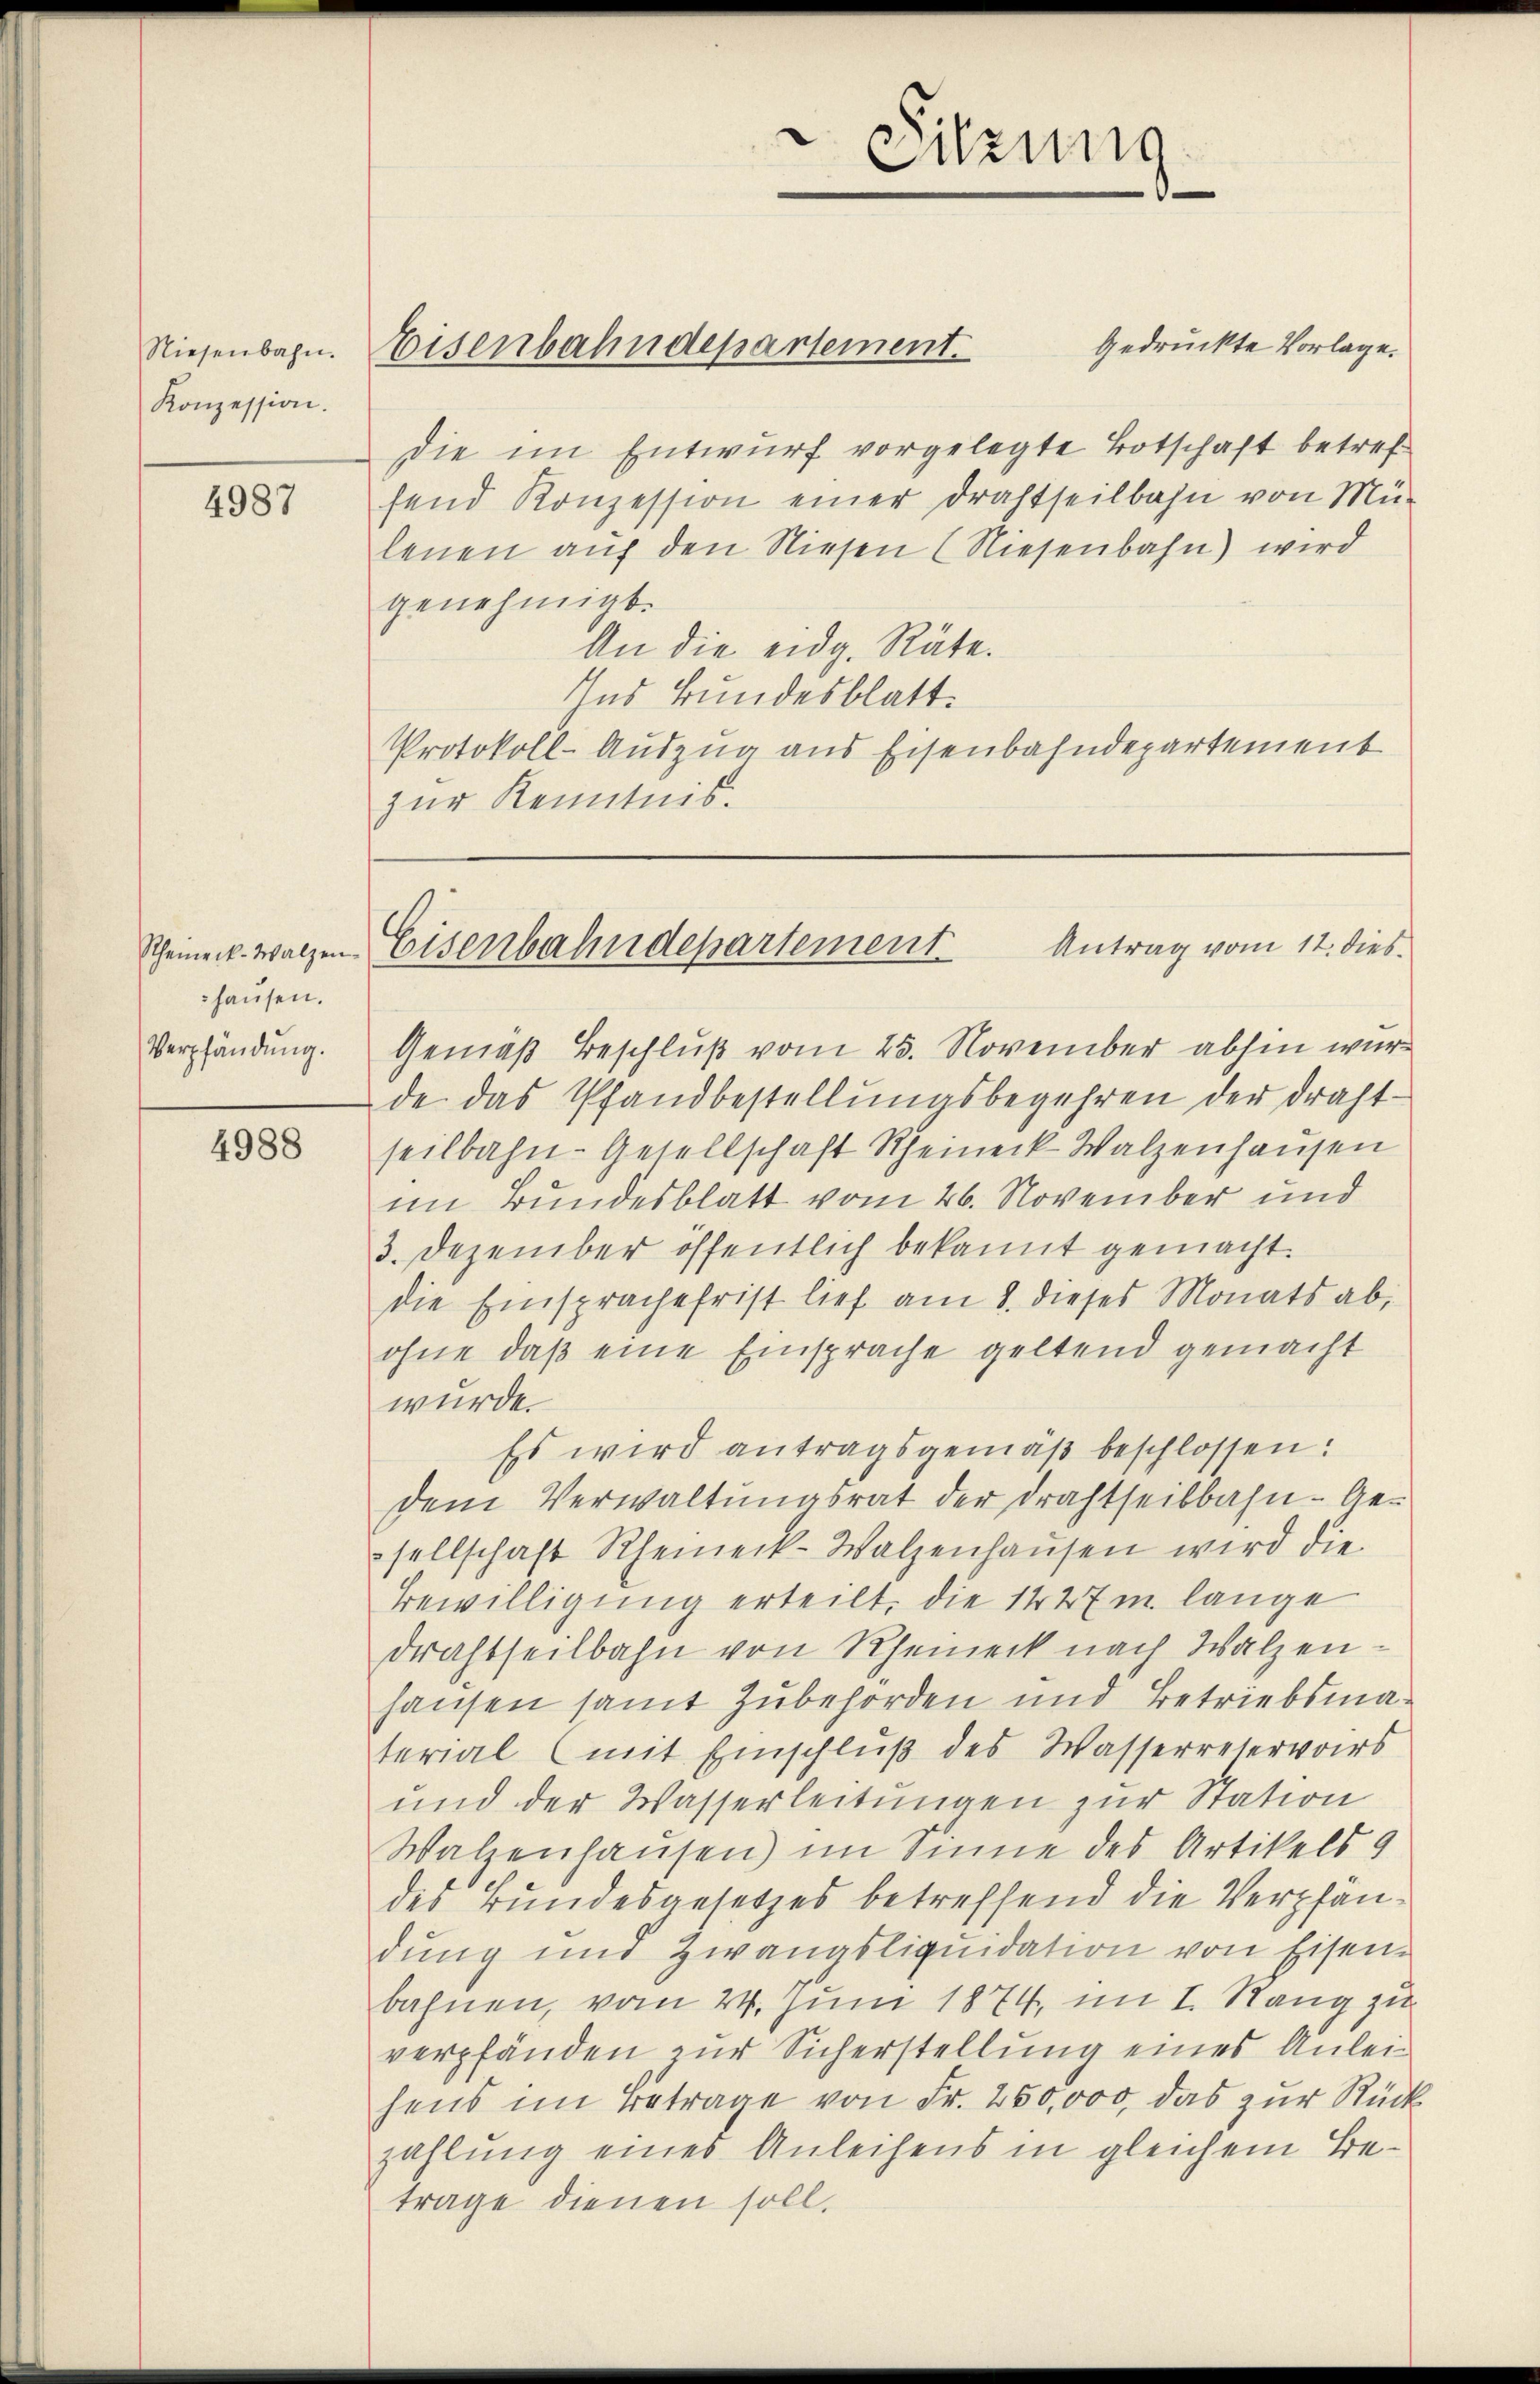
Niesenbahn.
Konzession.

4987

hausen.
Verpfändung.

4988

Eisenbahndepartement.

gedruckte Vorlage.
die im Entwurf vorgelegte Botschaft betreffend Konzession einer Drahtseilbahn von Mü
lenen auf den Niesen (Niesenbahn) wird
genehmigt.
An die eidg. Räte.
Ins Bundesblatt.
Protokoll-Auszug aus Eisenbahndepartement
zur Kenntnis.

Sitzung

Antrag vom 12. dies
Ghemerkwalzen Eisenbahndepartement

Gemäß Beschluß vom 25. November abhin wurde das Pfandbestellungsbegehren der draht
seilbahn-Gesellschaft Rheineck Walzenhausen
im Bundesblatt vom 26. November und
3. Dezember öffentlich bekannt gemacht.
die Einsprache frist lief am 8. dieses Monats ab,
ohne daβ eine Einsprache geltend gemacht
würde.
Es wird antragsgemäß beschlossen:
dem Verwaltungsrat der Drahtseibbahn- Gesellschaft Rheineck-Walzenhaŭsen wird die
Bewilligung erteilt, die 1427 m lange
drahtheilbahn von Rheineck nach Walzenhausen samt Zubehörden und Betriebsmaterial (mit Einschluß des Wasserretervoirs
und der Wasserleitungen zur Station
Walzenhausen) im Sinne des Artikels 9
des Bundesgesetzes betreffend die Verpfandung und Zwangsliquidation von Eisen-
bahnen, vom 24. Juni 1874, im I. Rang zu
verpfänden zur Sicherstellung eines Anleihens im Betrage von Fr. 250,000, das zur Rückzahlung eines Anleihens in gleichem Betrage dienen soll.